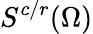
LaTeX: S^{c/r}(\Omega)